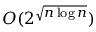
O ( 2 ^ { \sqrt { n \log n } } )